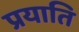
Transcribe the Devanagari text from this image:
प्रयाति